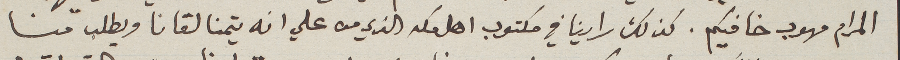
المرام مهوب خافيكم. كذلك راينا في مكتوب اهل مكه الذي من علي انه يتمنا لقانا ويطلب منا